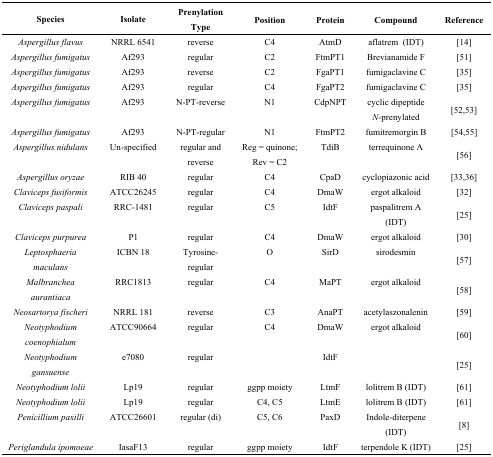
<table><thead><tr><td><b>Species</b></td><td><b>Isolate</b></td><td><b>Prenylation Type</b></td><td><b>Position</b></td><td><b>Protein</b></td><td><b>Compound</b></td><td><b>Reference</b></td></tr></thead><tbody><tr><td><i>Aspergillus flavus</i></td><td>NRRL 6541</td><td>reverse</td><td>C4</td><td>AtmD</td><td>aflatrem (IDT)</td><td>[14]</td></tr><tr><td><i>Aspergillus fumigatus</i></td><td>Af293 </td><td>regular</td><td>C2</td><td>FtmPT1</td><td>Brevianamide F</td><td>[51]</td></tr><tr><td><i>Aspergillus fumigatus</i></td><td>Af293 </td><td>reverse</td><td>C2</td><td>FgaPT1</td><td>fumigaclavine C</td><td>[35]</td></tr><tr><td><i>Aspergillus fumigatus</i></td><td>Af293 </td><td>regular</td><td>C4</td><td>FgaPT2</td><td>fumigaclavine C</td><td>[35]</td></tr><tr><td><i>Aspergillus fumigatus</i></td><td>Af293 </td><td>N-PT-reverse</td><td>N1</td><td>CdpNPT</td><td>cyclic dipeptide<i>N</i>-prenylated</td><td>[52,53]</td></tr><tr><td><i>Aspergillus fumigatus</i></td><td>Af293 </td><td>N-PT-regular</td><td>N1</td><td>FtmPT2</td><td>fumitremorgin B</td><td>[54,55]</td></tr><tr><td><i>Aspergillus nidulans</i></td><td>Un-specified </td><td>regular and reverse</td><td>Reg = quinone; Rev = C2</td><td>TdiB</td><td>terrequinone A</td><td>[56]</td></tr><tr><td><i>Aspergillus oryzae</i></td><td>RIB 40 </td><td>regular</td><td>C4</td><td>CpaD</td><td>cyclopiazonic acid</td><td>[33,36]</td></tr><tr><td><i>Claviceps fusiformis</i></td><td>ATCC26245 </td><td>regular</td><td>C4</td><td>DmaW</td><td>ergot alkaloid</td><td>[32]</td></tr><tr><td><i>Claviceps paspali</i></td><td>RRC-1481</td><td>regular</td><td>C5</td><td>IdtF</td><td>paspalitrem A (IDT)</td><td>[25]</td></tr><tr><td><i>Claviceps purpurea</i></td><td>P1 </td><td>regular</td><td>C4</td><td>DmaW</td><td>ergot alkaloid</td><td>[30]</td></tr><tr><td><i>Leptosphaeria maculans</i></td><td>ICBN 18 </td><td>Tyrosine-regular</td><td>O</td><td>SirD</td><td>sirodesmin</td><td>[57]</td></tr><tr><td><i>Malbranchea aurantiaca</i></td><td>RRC1813 </td><td>regular</td><td>C4</td><td>MaPT</td><td>ergot alkaloid</td><td>[58]</td></tr><tr><td><i>Neosartorya fischeri</i></td><td>NRRL 181</td><td>reverse</td><td>C3</td><td>AnaPT</td><td>acetylaszonalenin</td><td>[59]</td></tr><tr><td><i>Neotyphodium coenophialum</i></td><td>ATCC90664 </td><td>regular</td><td>C4</td><td>DmaW</td><td>ergot alkaloid</td><td>[60]</td></tr><tr><td><i>Neotyphodium gansuense</i></td><td>e7080</td><td>regular</td><td></td><td>IdtF</td><td></td><td>[25]</td></tr><tr><td><i>Neotyphodium lolii</i></td><td>Lp19</td><td>regular</td><td>ggpp moiety</td><td>LtmF</td><td>lolitrem B (IDT)</td><td>[61]</td></tr><tr><td><i>Neotyphodium lolii</i></td><td>Lp19</td><td>regular</td><td>C4, C5</td><td>LtmE</td><td>lolitrem B (IDT)</td><td>[61]</td></tr><tr><td><i>Penicillium paxilli</i></td><td>ATCC26601 </td><td>regular (di)</td><td>C5, C6</td><td>PaxD</td><td>Indole-diterpene (IDT)</td><td>[8]</td></tr><tr><td><i>Periglandula ipomoeae</i></td><td>IasaF13</td><td>regular</td><td>ggpp moiety</td><td>IdtF</td><td>terpendole K (IDT)</td><td>[25]</td></tr></tbody></table>